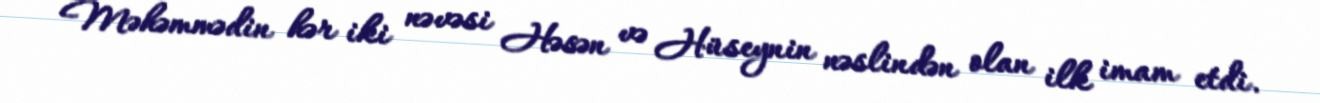
Məhəmmədin hər iki nəvəsi Həsən və Hüseynin nəslindən olan ilk imam etdi.